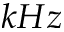
k H z